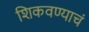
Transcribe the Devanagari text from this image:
शिकवण्याचं